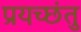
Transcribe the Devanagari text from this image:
प्रयच्छंतु